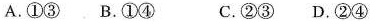
A.①③B.①④ C.②③D.②④